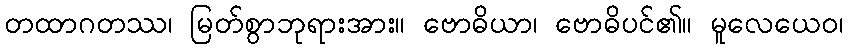
တထာဂတဿ၊ မြတ်စွာဘုရားအား။ ဗောဓိယာ၊ ဗောဓိပင်၏။ မူလေယေဝ၊